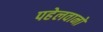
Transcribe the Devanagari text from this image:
पहेलवानो